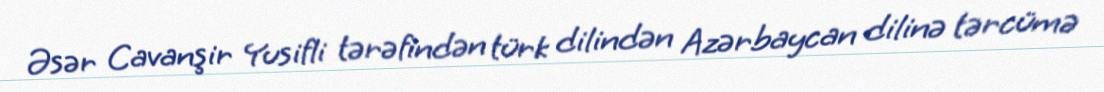
Əsər Cavanşir Yusifli tərəfindən türk dilindən Azərbaycan dilinə tərcümə